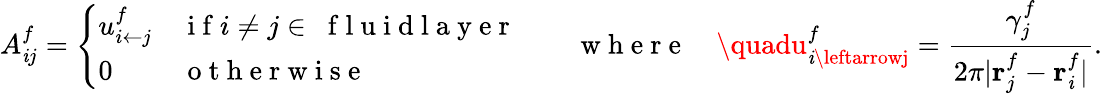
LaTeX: A_{\mathit{i}j}^{f}=\left\{ \begin{array}{ll}{u_{{i}\leftarrow{j}}^{f}}&{\mathrm{~i~f~}i\neq j\in~\mathrm{~f~l~u~i~d~l~a~y~e~r~}}\\ {0}&{\mathrm{~o~t~h~e~r~w~i~s~e~}}\end{array}\right.\quad\quad\mathrm{{~w~h~e~r~e~}}\quad\quadu_{\mathit{i}\leftarrowj}^{f}=\frac{{\gamma_{j}^{f}}}{{2\pi\vert\mathbf{{r}}_{j}^{f}-\mathbf{{r}}_{\mathit{i}}^{f}\vert}}.